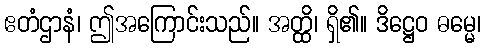
ဧတံဌာနံ၊ ဤအကြောင်းသည်။ အတ္ထိ၊ ရှိ၏။ ဒိဋ္ဌေဝ ဓမ္မေ၊